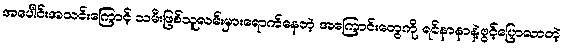
အပေါင်းအသင်းကြောင့် သမီးဖြစ်သူလမ်းမှားရောက်နေတဲ့ အကြောင်းတွေကို ရင်နာနာနဲ့ဖွင့်ပြောလာတဲ့